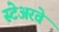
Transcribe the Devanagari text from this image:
स्टेअरवे